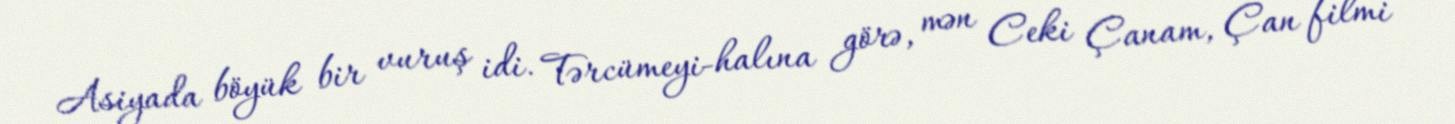
Asiyada böyük bir vuruş idi. Tərcümeyi-halına görə, mən Ceki Çanam, Çan filmi